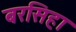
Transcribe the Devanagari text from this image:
बरसिहा